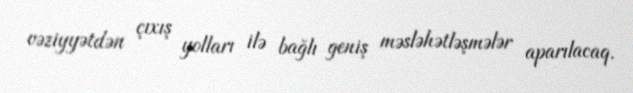
vəziyyətdən çıxış yolları ilə bağlı geniş məsləhətləşmələr aparılacaq.